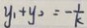
y _ { 1 } + y _ { 2 } = - \frac { 1 } { k }